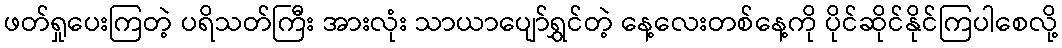
ဖတ်ရှုပေးကြတဲ့ ပရိသတ်ကြီး အားလုံး သာယာပျော်ရွှင်တဲ့ နေ့လေးတစ်နေ့ကို ပိုင်ဆိုင်နိုင်ကြပါစေလို့